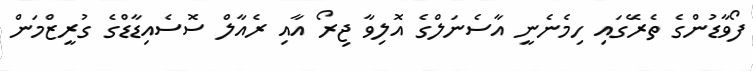
ފޯވާޑުންގެ ތެރޭަގައި ހިމެނެނީ އާސެނަލްގެ އޮލިވާ ޖިރޯ އާއި ރެއާލް ސޮސެއިޑާޑްގެ ގުރީޒްމަން